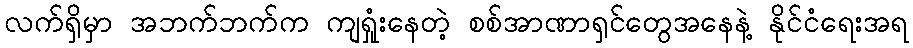
လက်ရှိမှာ အဘက်ဘက်က ကျရှုံးနေတဲ့ စစ်အာဏာရှင်တွေအနေနဲ့ နိုင်ငံရေးအရ